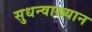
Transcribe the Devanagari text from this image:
सुधन्वाख्यान